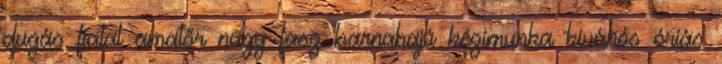
dugás fiatal amatőr nagy fasz barnahajú kézimunka kívánós óriás